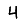
Digit: 4